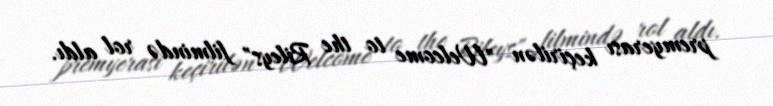
premyerası keçirilən "Welcome to the Rileys" filmində rol aldı.